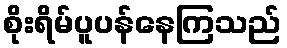
စိုးရိမ်ပူပန်နေကြသည်